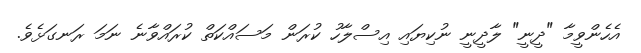
އެހެންވީމާ "ދީނީ" ލާދީނީ ނުކިޔައި އިސްލާހު ކުރަން މަސައްކަތް ކުރައްވާނެ ނަމަ ރަނގަޅެވެ.